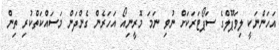
އަހަންނަކީ ލިވަޕޫލްގެ ސަޕޯޓަރަކަށް ނުވި ނަމަ މޮރީނިއޯ އަހަރެން ގެންދަން މަސައްކަތްކުރި ތިން